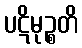
ပဋိမုဉ္စတိ